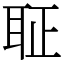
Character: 聇